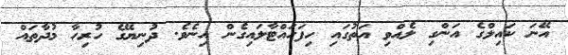
އޭނަ ކައިލްގެ އަންގި ލެއްވި އަތުގައި ހިފަހައްޓާލައިގެން އިނެވެ. ދުނިޔޭގެ ހުރިހާ މުދާތައް